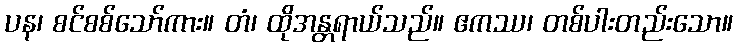
ပန၊ စင်စစ်သော်ကား။ တံ၊ ထိုအန္တရာယ်သည်။ ဧကဿ၊ တစ်ပါးတည်းသော။